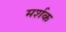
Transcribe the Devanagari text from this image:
मर्शक